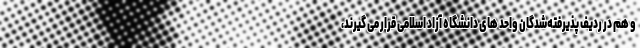
و هم در ردیف پذیرفته‌شدگان واحد های دانشگاه آزاد اسلامی قرار می گیرند،